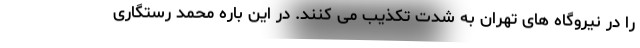
را در نیروگاه های تهران به شدت تکذیب می کنند. در این باره محمد رستگاری